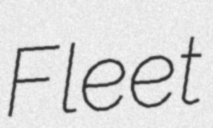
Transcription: Fleet